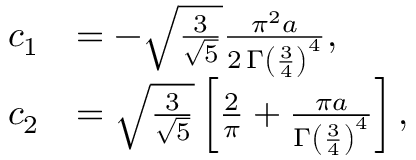
\begin{array} { r l } { c _ { 1 } } & { = - \sqrt { \frac { 3 } { \sqrt { 5 } } } \frac { \pi ^ { 2 } a } { 2 \, \Gamma \left( \frac { 3 } { 4 } \right) ^ { 4 } } , } \\ { c _ { 2 } } & { = \sqrt { \frac { 3 } { \sqrt { 5 } } } \left[ \frac { 2 } { \pi } + \frac { \pi a } { \Gamma \left( \frac { 3 } { 4 } \right) ^ { 4 } } \right] , } \end{array}